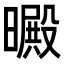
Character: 𣋙